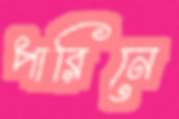
পারিনে